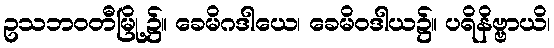
ဥသဘဝတီမြို့၌။ ခေမိဂဒါယေ၊ ခေမိဝဒါယ၌။ ပရိနိဗ္ဗာယိ၊